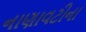
નાણાવટીના